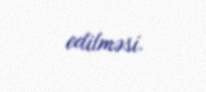
edilməsi.